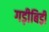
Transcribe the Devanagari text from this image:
गड़ीबिड़ी